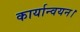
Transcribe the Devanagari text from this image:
कार्यान्वयन।